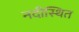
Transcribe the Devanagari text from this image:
नदीस्थित